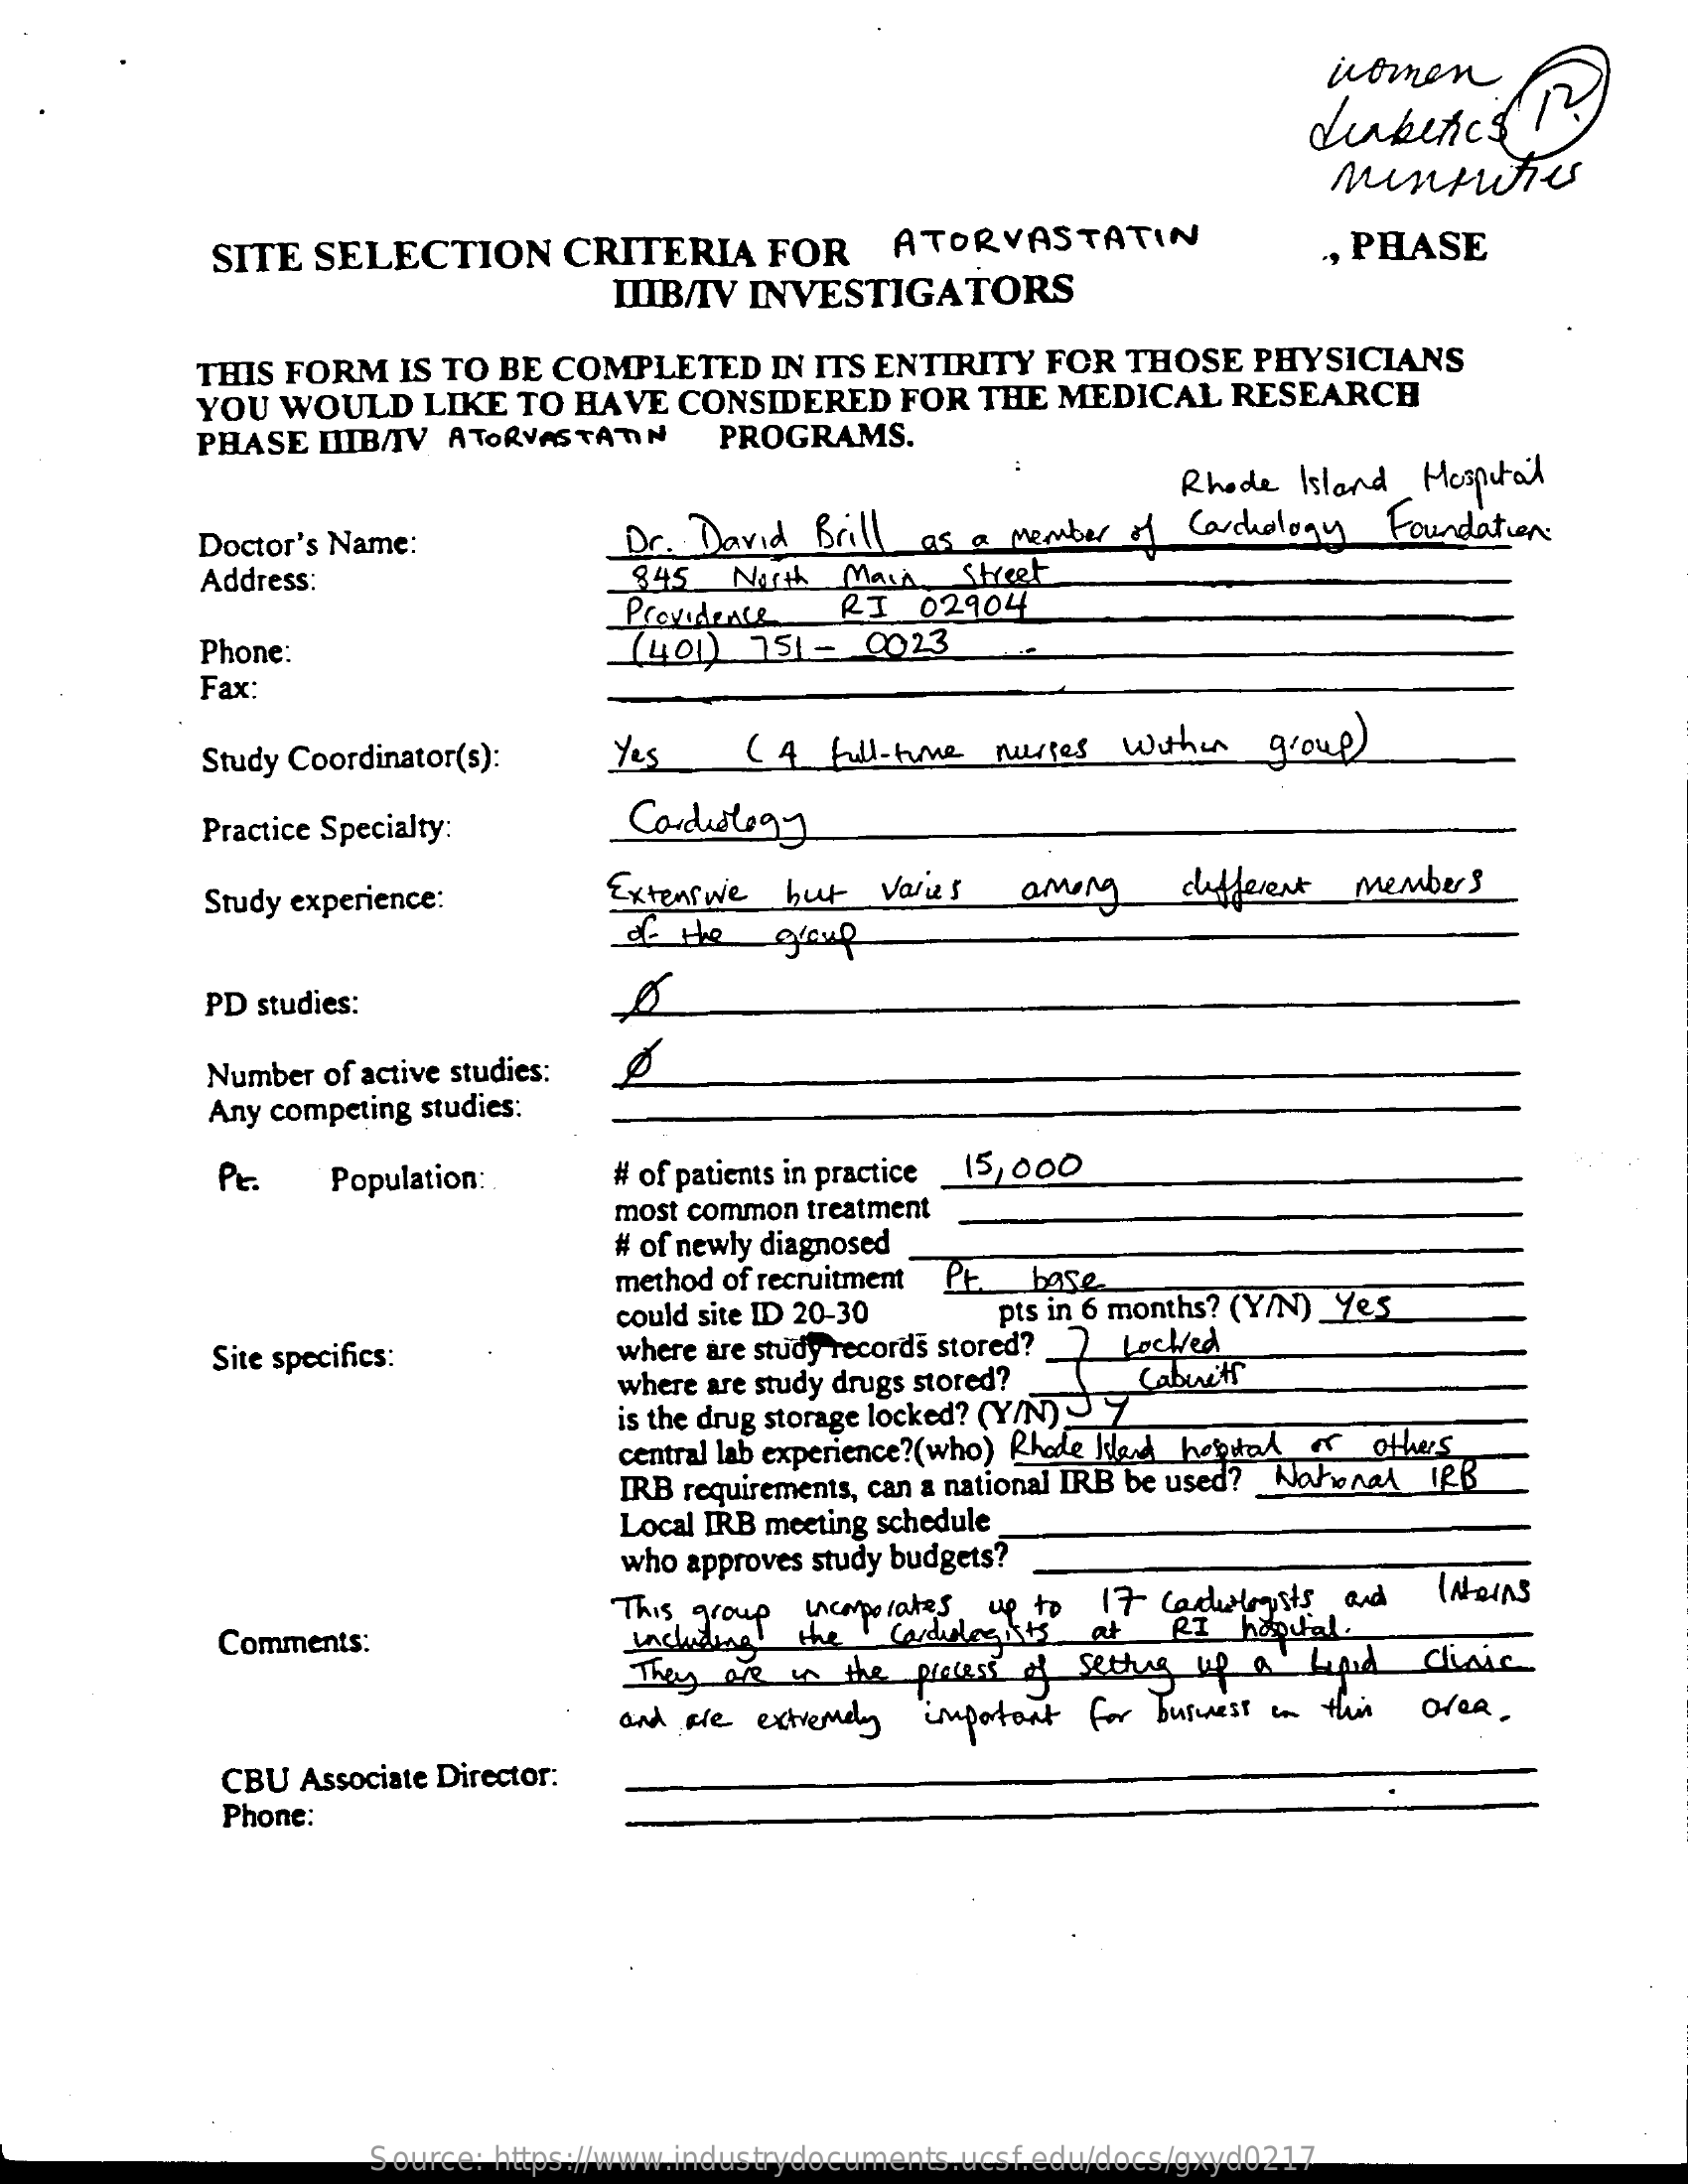
women
     dubencs
     mintwies
     SITE  SELECTION    CRITERIA    FOR    ATORVASTATIN
     IIIB/IV INVESTIGATORS
     , PHASE
     THIS FORM   IS TO BE COMPLETED    IN ITS ENTIRITY  FOR  THOSE   PHYSICIANS
     YOU  WOULD   LIKE   TO HAVE  CONSIDERED    FOR  THE  MEDICAL    RESEARCH
     PHASE  LIB/IV  ATORVASTATIN    PROGRAMS.
     Doctor's Name:    Dr. David  Brill
     Rhode  Island Hospital
     as  a Member  of Carchology  Foundation .
     Address:    845   North  Main   Street
     Providence    RI  02904
     Phone:    (401)   751 -  0023
     Fax:
     Study Coordinator(s):    yes    (  4  full -time nurses wither   group )
     Practice Specialty:    Cardiology
     Study experience:    Extenswe   but   varies   among    different  members
     of  the   group
     PD studies:
     Number of active studies:
     Any competing studies:
     Pe.    Population:    # of patients in practice 15,000
     most common treatment
     # of newly diagnosed
     method of recruitment Pt. base
     pts in 6 months? (Y/N) Yes
     Site specifics:
     could site ID 20-30
     where are study records stored?
     where are study drugs stored?
     Locked
     cabinets
     is the drug storage locked? (Y/N) ~ 7
     central lab experience?(who) Rhode Idest hopital er others
     IRB requirements, can a national IRB be used? Woherat 12B
     Local IRB meeting schedule
     who approves study budgets?
     Comments:
     This group incorporates, up to
     Cardulogists
     17 cadulogists and  Interns
     at   RI  hopital.
     They  are in  the process of setting up a  leped  clinic including
     and are extremely  important for business in this area.
     CBU  Associate Director:
     Phone:
     Source: https://www.industrydocuments.ucsf.edu/docs/gxyd0217